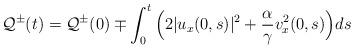
LaTeX: \begin{align*}\mathcal{Q}^{\pm}(t)=\mathcal{Q}^{\pm}(0)\mp\int_0^t\Big(2|u_x(0,s)|^2 +\frac{\alpha}{\gamma}v_x^2(0,s)\Big)ds\end{align*}